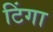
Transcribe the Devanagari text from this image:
टिंगा